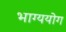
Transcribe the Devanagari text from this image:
भाग्ययोग